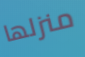
منزلها